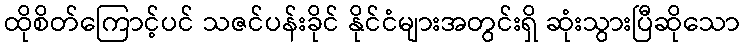
ထိုစိတ်ကြောင့်ပင် သဇင်ပန်းခိုင် နိုင်ငံများအတွင်းရှိ ဆုံးသွားပြီဆိုသော